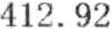
412.92